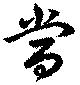
当